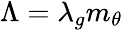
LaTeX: \begin{array}{r}{\Lambda=\lambda_{g}m_{\theta}}\end{array}